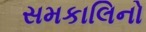
સમકાલિનો